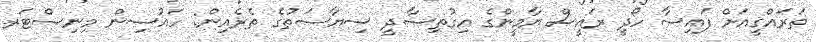
ތަރައްގީއަށް ފައިސާ ހޯދީ ރައީސް ޔާމީންގެ އިގުތިޞާދީ ސިޔާސަތުގެ ތެރެއިން: ހައުސިން މިނިސްޓަރ